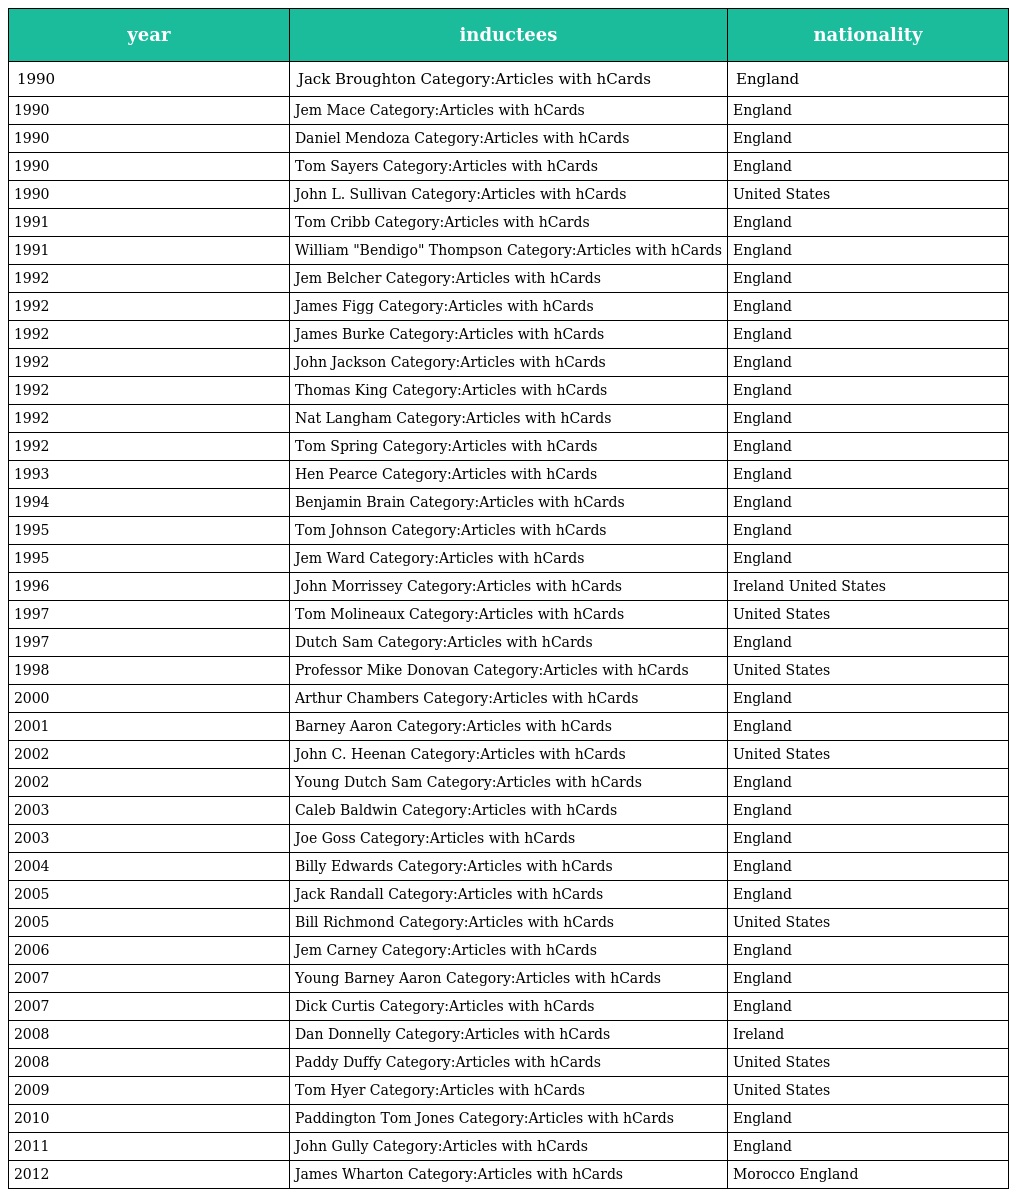
| year | inductees | nationality |
 | --- | --- | --- |
 | 1990 | Jack Broughton Category:Articles with hCards | England |
 | 1990 | Jem Mace Category:Articles with hCards | England |
 | 1990 | Daniel Mendoza Category:Articles with hCards | England |
 | 1990 | Tom Sayers Category:Articles with hCards | England |
 | 1990 | John L. Sullivan Category:Articles with hCards | United States |
 | 1991 | Tom Cribb Category:Articles with hCards | England |
 | 1991 | William "Bendigo" Thompson Category:Articles with hCards | England |
 | 1992 | Jem Belcher Category:Articles with hCards | England |
 | 1992 | James Figg Category:Articles with hCards | England |
 | 1992 | James Burke Category:Articles with hCards | England |
 | 1992 | John Jackson Category:Articles with hCards | England |
 | 1992 | Thomas King Category:Articles with hCards | England |
 | 1992 | Nat Langham Category:Articles with hCards | England |
 | 1992 | Tom Spring Category:Articles with hCards | England |
 | 1993 | Hen Pearce Category:Articles with hCards | England |
 | 1994 | Benjamin Brain Category:Articles with hCards | England |
 | 1995 | Tom Johnson Category:Articles with hCards | England |
 | 1995 | Jem Ward Category:Articles with hCards | England |
 | 1996 | John Morrissey Category:Articles with hCards | Ireland United States |
 | 1997 | Tom Molineaux Category:Articles with hCards | United States |
 | 1997 | Dutch Sam Category:Articles with hCards | England |
 | 1998 | Professor Mike Donovan Category:Articles with hCards | United States |
 | 2000 | Arthur Chambers Category:Articles with hCards | England |
 | 2001 | Barney Aaron Category:Articles with hCards | England |
 | 2002 | John C. Heenan Category:Articles with hCards | United States |
 | 2002 | Young Dutch Sam Category:Articles with hCards | England |
 | 2003 | Caleb Baldwin Category:Articles with hCards | England |
 | 2003 | Joe Goss Category:Articles with hCards | England |
 | 2004 | Billy Edwards Category:Articles with hCards | England |
 | 2005 | Jack Randall Category:Articles with hCards | England |
 | 2005 | Bill Richmond Category:Articles with hCards | United States |
 | 2006 | Jem Carney Category:Articles with hCards | England |
 | 2007 | Young Barney Aaron Category:Articles with hCards | England |
 | 2007 | Dick Curtis Category:Articles with hCards | England |
 | 2008 | Dan Donnelly Category:Articles with hCards | Ireland |
 | 2008 | Paddy Duffy Category:Articles with hCards | United States |
 | 2009 | Tom Hyer Category:Articles with hCards | United States |
 | 2010 | Paddington Tom Jones Category:Articles with hCards | England |
 | 2011 | John Gully Category:Articles with hCards | England |
 | 2012 | James Wharton Category:Articles with hCards | Morocco England |